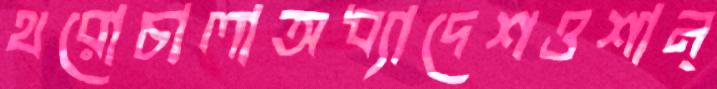
থরোচালাঅধ্যাদেশওশান্